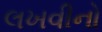
લખવીનો